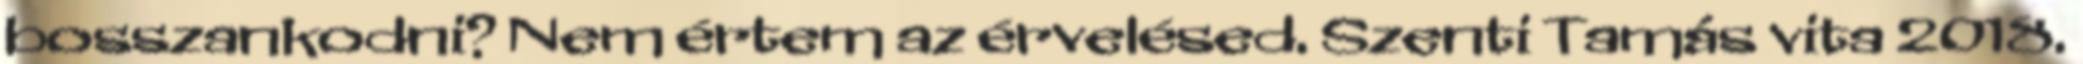
bosszankodni? Nem értem az érvelésed. Szenti Tamás vita 2018.